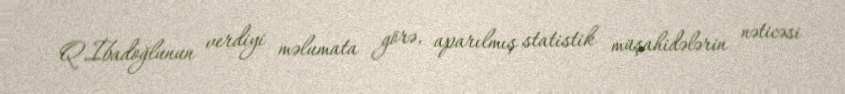
Q.İbadoğlunun verdiyi məlumata görə, aparılmış statistik müşahidələrin nəticəsi